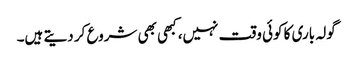
گولہ باری کا کوئی وقت نہیں، کبھی بھی شروع کر دیتے ہیں۔